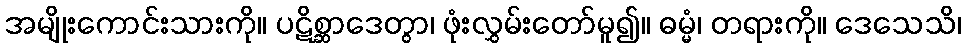
အမျိုးကောင်းသားကို။ ပဋိစ္ဆာဒေတွာ၊ ဖုံးလွှမ်းတော်မူ၍။ ဓမ္မံ၊ တရားကို။ ဒေသေသိ၊